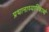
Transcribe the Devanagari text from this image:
प्रधानाध्यापिकाओं